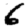
Digit: 6